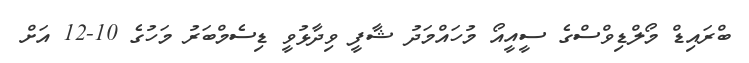
ބްރައިޑް މޯލްޑިވްސްގެ ސީއީއޯ މުހައްމަދު ޝާފީ ވިދާޅުވީ ޑިސެމްބަރު މަހުގެ 10-12 އަށް